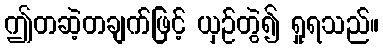
ဤတဆဲ့တချက်ဖြင့် ယှဉ်တွဲ၍ ရှုရသည်။